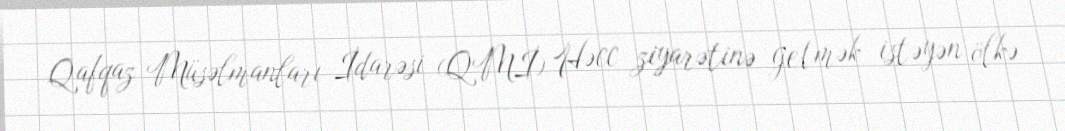
Qafqaz Müsəlmanları İdarəsi (QMİ) Həcc ziyarətinə getmək istəyən ölkə